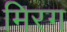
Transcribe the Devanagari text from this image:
मिरग